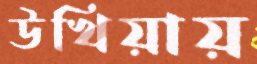
উখিয়ায়